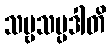
သဗ္ဗသမ္ပဒါတိ